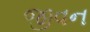
જીવન